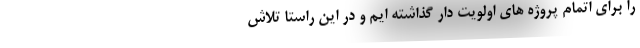
را برای اتمام پروژه های اولویت دار گذاشته ایم و در این راستا تلاش